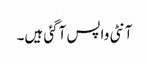
آنٹی واپس آگئی ہیں۔